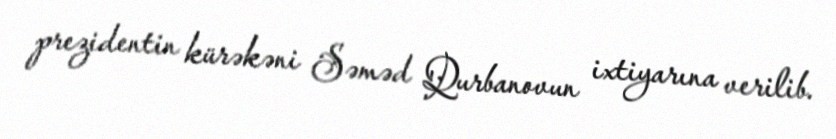
prezidentin kürəkəni Səməd Qurbanovun ixtiyarına verilib.